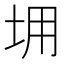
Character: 𡊤